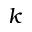
k